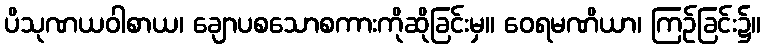
ပိသုဏယဝါစာယ၊ ချောပစသောစကားကိုဆိုခြင်းမှ။ ဝေရမဏိယာ၊ ကြဉ်ခြင်း၌။